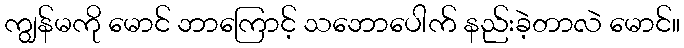
ကျွန်မကို မောင် ဘာကြောင့် သဘောပေါက် နည်းခဲ့တာလဲ မောင်။